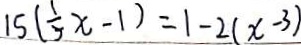
1 5 ( \frac { 1 } { 5 } x - 1 ) = 1 - 2 ( x - 3 )